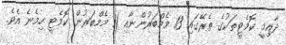
ދާއިމީ ކޮމެޓީތަކުގެ ތެރޭގައި 13 މެމްބަރުންނާއި 11 މެމްބަރުން ކޮމެޓީ ހިމެނެ އެވެ.